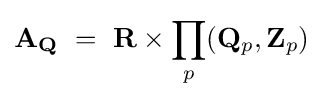
\mathbf {A} _{\mathbf {Q} }\ =\ \mathbf {R} \times \prod _{p}(\mathbf {Q} _{p},\mathbf {Z} _{p})